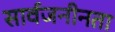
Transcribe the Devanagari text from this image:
सार्वजनीनता